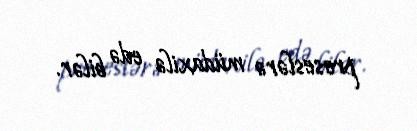
proseslərə müdaxilə edə bilər.